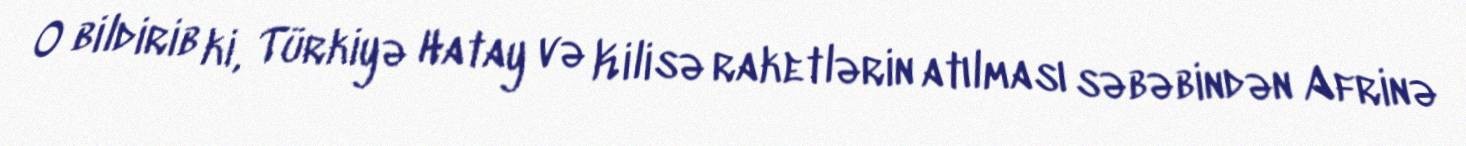
O bildirib ki, Türkiyə Hatay və Kilisə raketlərin atılması səbəbindən Afrinə